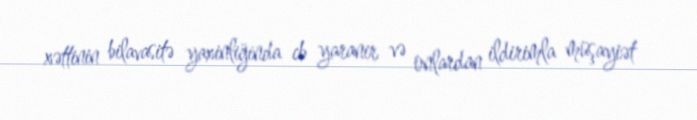
xəttinin bilavasitə yaxinliğinda cb yaranir və onlardan ildirimla müşayiət